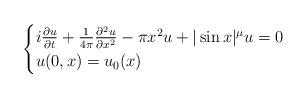
LaTeX: \begin{align*}\begin{cases} i \frac{\partial u }{\partial t} +\frac{1}{4\pi}\frac{\partial^2 u}{\partial x^2}-\pi x^2 u+ |\sin x|^\mu u=0\\u(0,x)=u_0(x)\end{cases}\end{align*}